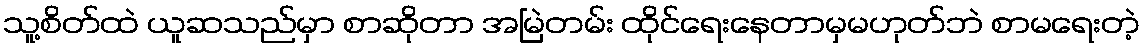
သူ့စိတ်ထဲ ယူဆသည်မှာ စာဆိုတာ အမြဲတမ်း ထိုင်ရေးနေတာမှမဟုတ်ဘဲ စာမရေးတဲ့